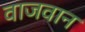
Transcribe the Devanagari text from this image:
वाजवान